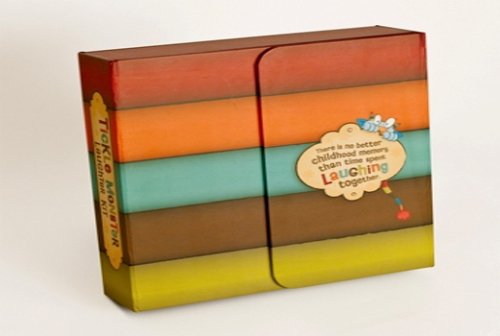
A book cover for Tickle Monster Laughter Kit; Josie Bissett; Children's Books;